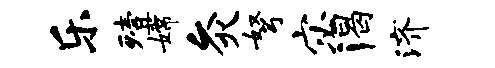
乐殪嫦灸弩宓渴济